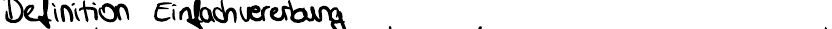
Definition Einfachvererbung